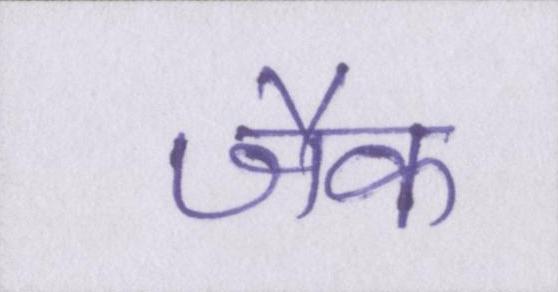
जैक